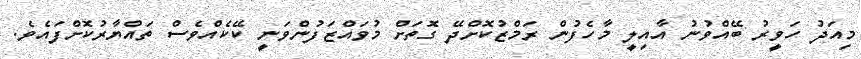
މިއަދު ހަވީރު ބޭއްވުނު އާއިލީ މާހެފުން ރަމްޒުކޮށްދޭ ގޮތަށް މުވައްޒަފުންވަނީ ކޭކެއްވެސް ތައްޔާރުކޮށްފައެވެ.